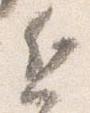
近